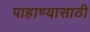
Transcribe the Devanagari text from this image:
पाहाण्यासाठी